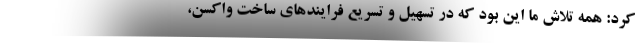
کرد: همه تلاش ما این بود که در تسهیل و تسریع فرایندهای ساخت واکسن،